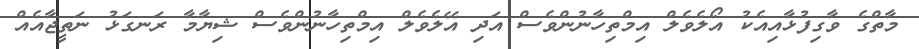
މާތްގެ ވާގިފުޅާއިއެކު އޯލެވެލް އިމްތިހާނުންވެސް އަދި އޭލެވެލް އިމްތިހާނުންވެސް ޝިޔާމާ ރަނގަޅު ނަތީޖާއެއް